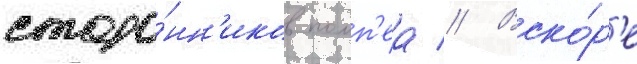
сторо́нн'иков помп'еа // Вско́р'е